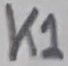
Text: K1